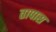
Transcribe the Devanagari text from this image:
तापास